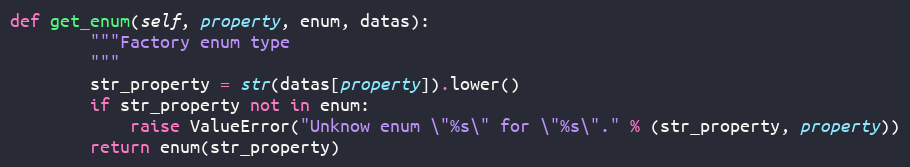
Language: Python
def get_enum(self, property, enum, datas):
        """Factory enum type
        """
        str_property = str(datas[property]).lower()
        if str_property not in enum:
            raise ValueError("Unknow enum \"%s\" for \"%s\"." % (str_property, property))
        return enum(str_property)